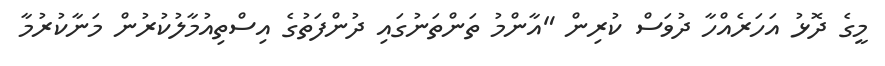
މީގެ ދޮޅު އަހަރެއްހާ ދުވަސް ކުރިން "އާންމު ތަންތަނުގައި ދުންފަތުގެ އިސްތިއުމާލުކުރުން މަނާކުރުމާ